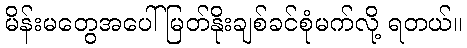
မိန်းမတွေအပေါ်မြတ်နိုးချစ်ခင်စုံမက်လို့ ရတယ်။